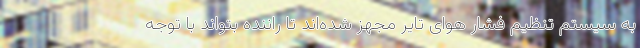
به سیستم تنظیم فشار هوای تایر مجهز شده‌اند تا راننده بتواند با توجه